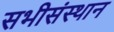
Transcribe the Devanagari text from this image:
सभीसंस्थान